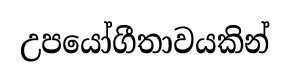
උපයෝගීතාවයකින්